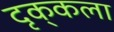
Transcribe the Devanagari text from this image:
दृक्‌कला